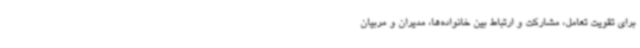
برای تقویت تعامل، مشارکت و ارتباط بین خانواده‌ها، مدیران و مربیان